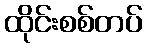
ထိုင်းစစ်တပ်